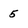
Character: 5